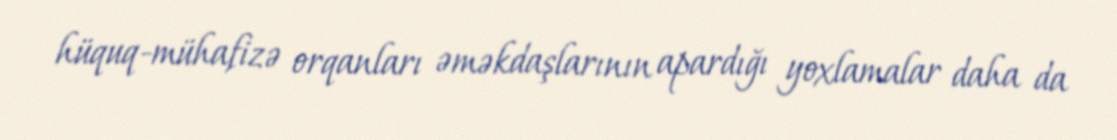
hüquq-mühafizə orqanları əməkdaşlarının apardığı yoxlamalar daha da